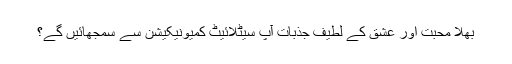
بھلا محبت اور عشق کے لطیف جذبات آپ سیٹلائیٹ کمیونیکیشن سے سمجھائیں گے؟